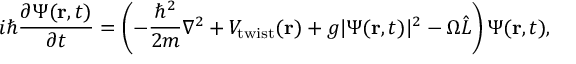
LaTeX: i \hbar { \frac { \partial \Psi ( \mathbf { r } , t ) } { \partial t } } = \left( - { \frac { \hbar ^ { 2 } } { 2 m } } \nabla ^ { 2 } + V _ { \mathrm { { t w i s t } } } ( \mathbf { r } ) + g \vert \Psi ( \mathbf { r } , t ) \vert ^ { 2 } - \Omega { \hat { L } } \right) \Psi ( \mathbf { r } , t ) ,